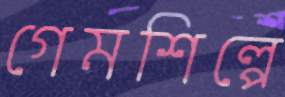
গেমশিল্পে